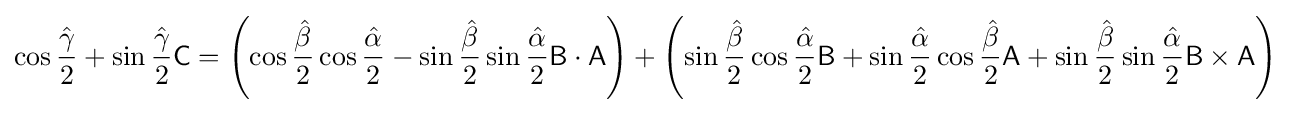
\cos {\frac {\hat {\gamma }}{2}}+\sin {\frac {\hat {\gamma }}{2}}{\mathsf {C}}=\left(\cos {\frac {\hat {\beta }}{2}}\cos {\frac {\hat {\alpha }}{2}}-\sin {\frac {\hat {\beta }}{2}}\sin {\frac {\hat {\alpha }}{2}}{\mathsf {B}}\cdot {\mathsf {A}}\right)+\left(\sin {\frac {\hat {\beta }}{2}}\cos {\frac {\hat {\alpha }}{2}}{\mathsf {B}}+\sin {\frac {\hat {\alpha }}{2}}\cos {\frac {\hat {\beta }}{2}}{\mathsf {A}}+\sin {\frac {\hat {\beta }}{2}}\sin {\frac {\hat {\alpha }}{2}}{\mathsf {B}}\times {\mathsf {A}}\right)